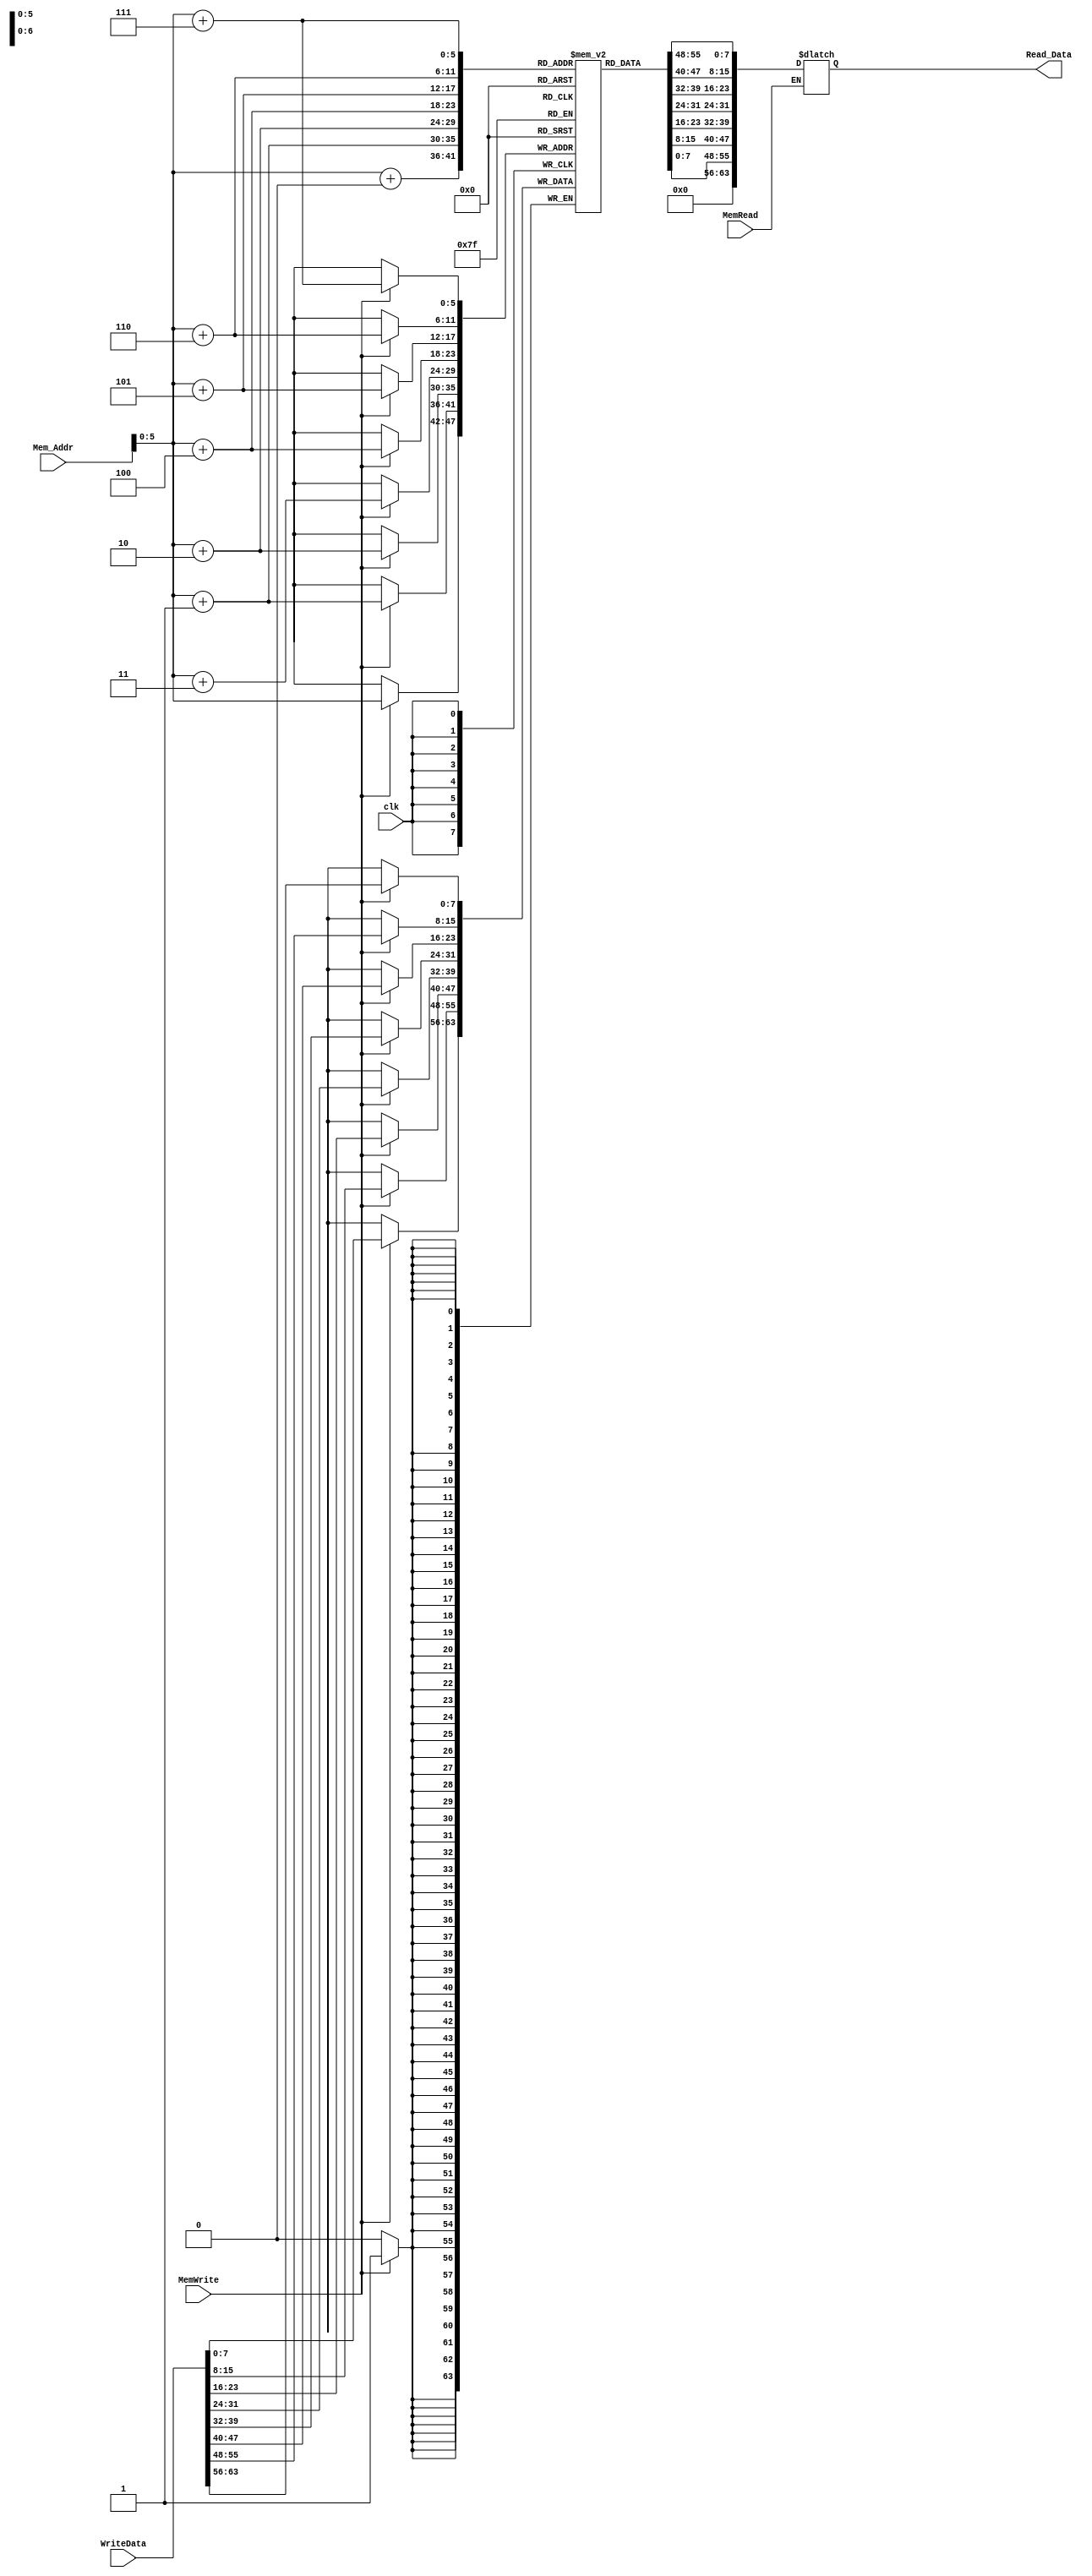
module Data_Memory(
    input  [63:0] Mem_Addr,
    input  [63:0] WriteData,
    input  clk, MemWrite, MemRead,
    output reg [63:0] Read_Data
);

    reg [7:0] data_mem [63:0];
//  data_mem initialization
    initial
    begin
        data_mem[ 0] = 8'd0;
        data_mem[ 1] = 8'd0;
        data_mem[ 2] = 8'd0;
        data_mem[ 3] = 8'd0;
        data_mem[ 4] = 8'd0;
        data_mem[ 5] = 8'd0;
        data_mem[ 6] = 8'd0;
        data_mem[ 7] = 8'd0;
        data_mem[ 8] = 8'd0;
        data_mem[ 9] = 8'd0;
        data_mem[10] = 8'd1;
        data_mem[11] = 8'd0;
        data_mem[12] = 8'd0;
        data_mem[13] = 8'd0;
        data_mem[14] = 8'd0;
        data_mem[15] = 8'd0;
        data_mem[16] = 8'd0;
        data_mem[17] = 8'd0;
        data_mem[18] = 8'd0;
        data_mem[19] = 8'd0;
        data_mem[20] = 8'd2;
        data_mem[21] = 8'd0;
        data_mem[22] = 8'd0;
        data_mem[23] = 8'd0;
        data_mem[24] = 8'd0;
        data_mem[25] = 8'd0;
        data_mem[26] = 8'd0;
        data_mem[27] = 8'd0;
        data_mem[28] = 8'd0;
        data_mem[29] = 8'd0;
        data_mem[30] = 8'd3;
        data_mem[31] = 8'd0;
        data_mem[32] = 8'd0;
        data_mem[33] = 8'd0;
        data_mem[34] = 8'd0;
        data_mem[35] = 8'd0;
        data_mem[36] = 8'd0;
        data_mem[37] = 8'd0;
        data_mem[38] = 8'd0;
        data_mem[39] = 8'd0;
        data_mem[40] = 8'd4;
        data_mem[41] = 8'd0;
        data_mem[42] = 8'd0;
        data_mem[43] = 8'd0;
        data_mem[44] = 8'd0;
        data_mem[45] = 8'd0;
        data_mem[46] = 8'd0;
        data_mem[47] = 8'd0;
        data_mem[48] = 8'd0;
        data_mem[49] = 8'd0;
        data_mem[50] = 8'd5;
        data_mem[51] = 8'd0;
        data_mem[52] = 8'd0;
        data_mem[53] = 8'd0;
        data_mem[54] = 8'd0;
        data_mem[55] = 8'd0;
        data_mem[56] = 8'd0;
        data_mem[57] = 8'd0;
        data_mem[58] = 8'd0;
        data_mem[59] = 8'd0;
        data_mem[60] = 8'd6;
        data_mem[61] = 8'd0;
        data_mem[62] = 8'd0;
        data_mem[63] = 8'd0;
    end

    always @(posedge clk) begin
        if(MemWrite == 1'b1) begin
            data_mem[Mem_Addr+7] = WriteData[63:56];
            data_mem[Mem_Addr+6] = WriteData[55:48];
            data_mem[Mem_Addr+5] = WriteData[47:40];
            data_mem[Mem_Addr+4] = WriteData[39:32];
            data_mem[Mem_Addr+3] = WriteData[31:24];
            data_mem[Mem_Addr+2] = WriteData[23:16];
            data_mem[Mem_Addr+1] = WriteData[15: 8];
            data_mem[Mem_Addr  ] = WriteData[ 7: 0];
        end
    end

    always @(Mem_Addr, MemRead) begin
        if (MemRead == 1'b1) begin
            Read_Data <= {data_mem[Mem_Addr+7], data_mem[Mem_Addr+6], data_mem[Mem_Addr+5], data_mem[Mem_Addr+4], data_mem[Mem_Addr+2], data_mem[Mem_Addr+1], data_mem[Mem_Addr+0]};
        end
    end

endmodule